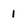
Character: 1